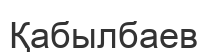
Қабылбаев